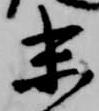
末